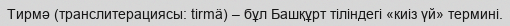
Тирмә (транслитерациясы: tirmä) – бұл Башқұрт тіліндегі «киіз үй» термині.